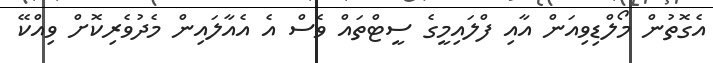
އެގޮތުން މޯލްޑިވިއަން އާއި ފްލައިމީގެ ސީޓްތައް ވެސް އެ އެއާލައިން މެދުވެރިކޮށް ވިއްކޭ